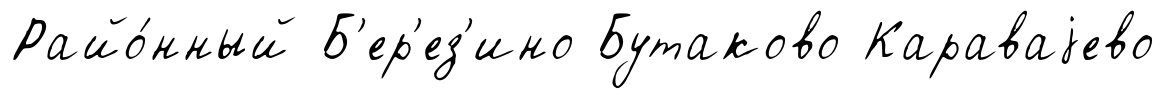
Райо́нный Б'ер'ез'ино Бутаково Караваjево